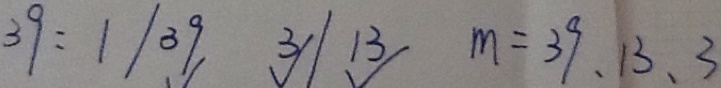
3 9 : 1 / 3 9 3 / 1 3 m = 3 9 , 1 3 , 3